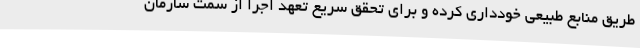
طریق منابع طبیعی خودداری کرده و برای تحقق سریع تعهد اجرا از سمت سازمان